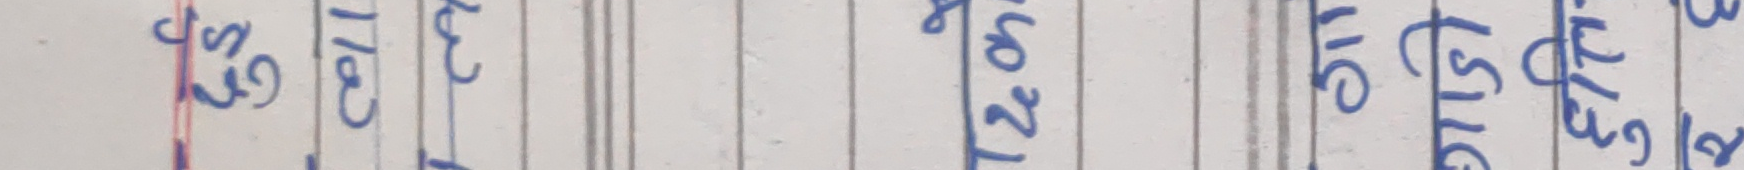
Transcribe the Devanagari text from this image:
५९
१८
कट
२०
३१
१५

८/१
८।
२०
२४
२७
२३

८क
८ठ
२७
३०
५३
४१

१२ मास
९१
८५
८५
८५
८०

८५१
९२
८५
८५
८५
८०

८५२
९२
८५
८५
८५
८०

रु ९००
६०
०
०
०
०